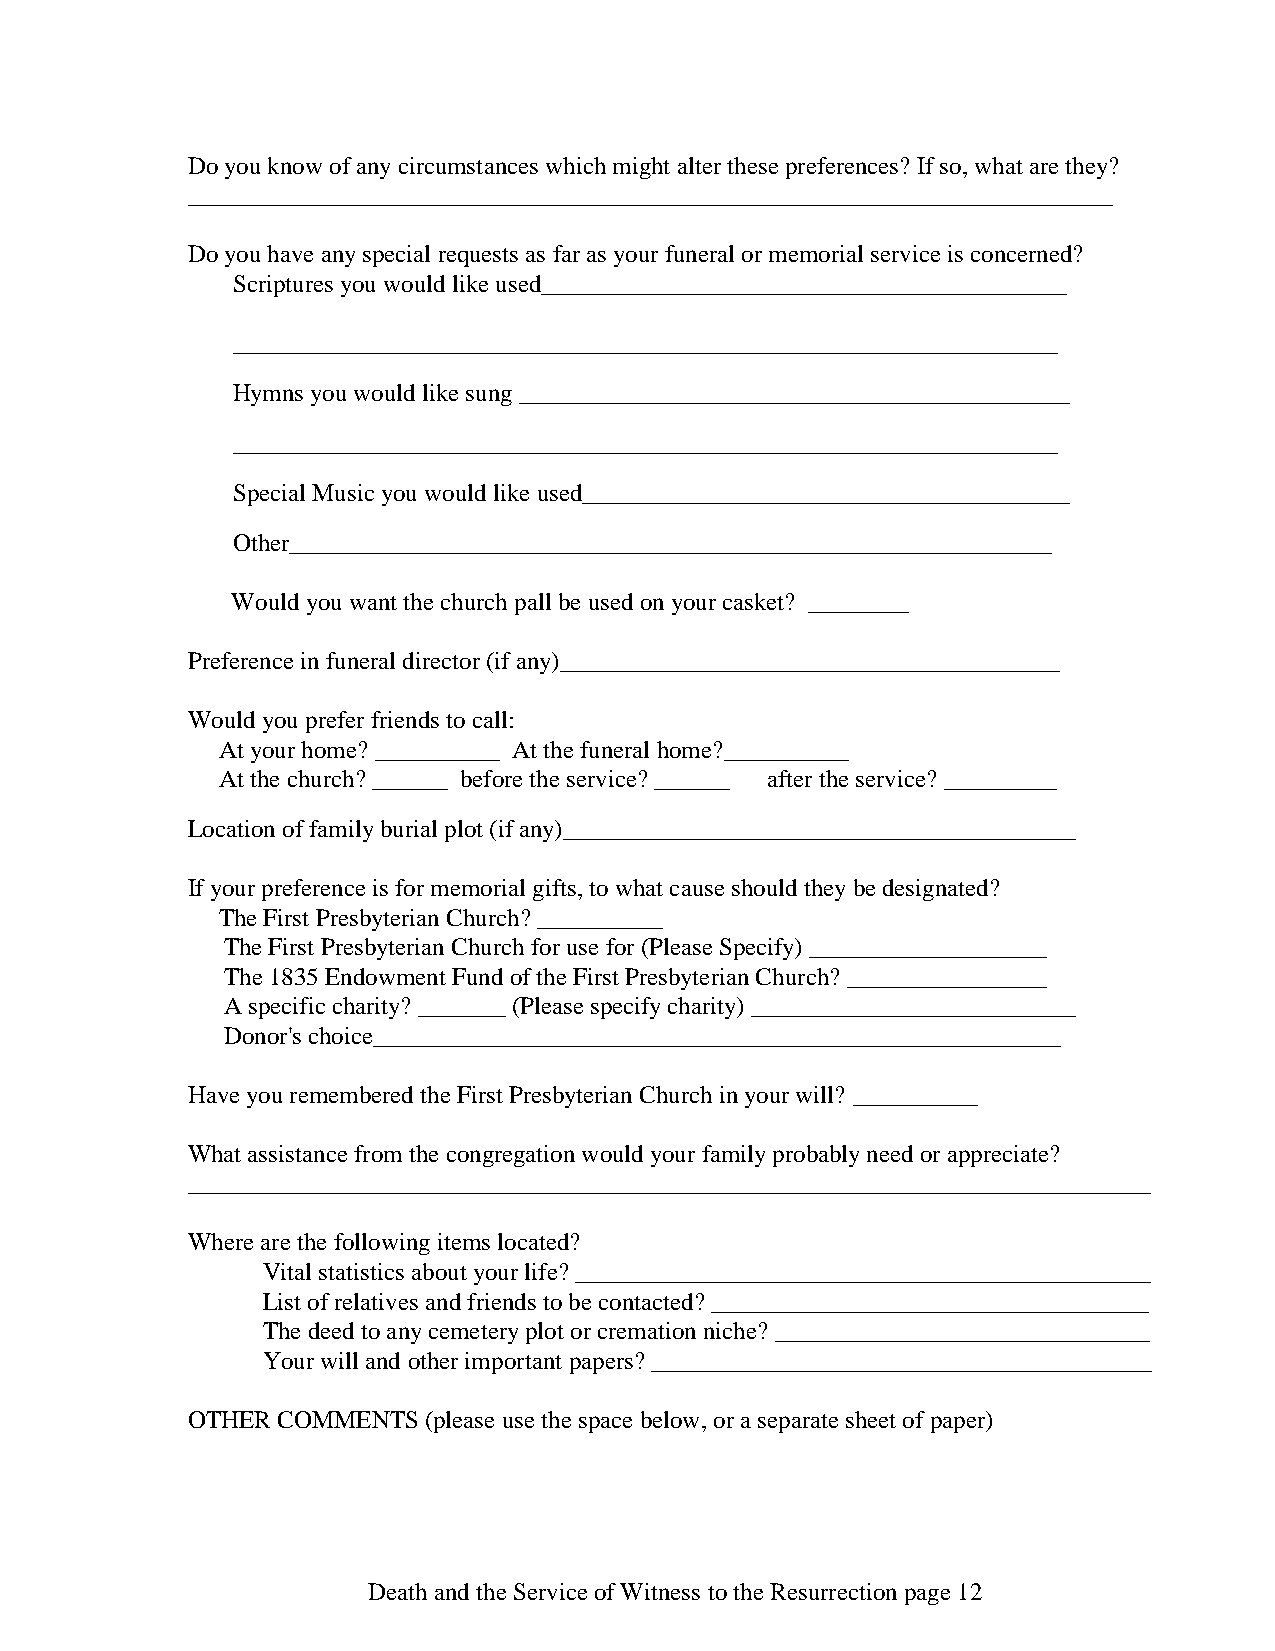
Do you know of any circumstances which might alter these preferences? If so, what are they?
 __________________________________________________________________________
 Do you have any special requests as far as your funeral or memorial service is concerned?
 Scriptures you would like used__________________________________________
 __________________________________________________________________
 Hymns you would like sung ____________________________________________
 __________________________________________________________________
 Special Music you would like used_______________________________________
 Other_____________________________________________________________
 Would you want the church pall be used on your casket? ________
 Preference in funeral director (if any)________________________________________
 Would you prefer friends to call:
 At your home? __________ At the funeral home?__________
 At the church? ______ before the service? ______ after the service? _________
 Location of family burial plot (if any)_________________________________________
 If your preference is for memorial gifts, to what cause should they be designated?
 The First Presbyterian Church? __________
 The First Presbyterian Church for use for (Please Specify) ___________________
 The 1835 Endowment Fund of the First Presbyterian Church? ________________
 A specific charity? _______ (Please specify charity) __________________________
 Donor's choice_______________________________________________________
 Have you remembered the First Presbyterian Church in your will? __________
 What assistance from the congregation would your family probably need or appreciate?
 _____________________________________________________________________________
 Where are the following items located?
 Vital statistics about your life? ______________________________________________
 List of relatives and friends to be contacted? ___________________________________
 The deed to any cemetery plot or cremation niche? ______________________________
 Your will and other important papers? ________________________________________
 OTHER COMMENTS  (please use the space below, or a separate sheet of paper)
 Death and the Service of Witness to the Resurrection page 12